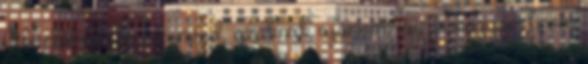
Aki időhiányba szenved, azoknak ajánlom, így is nagyon finom